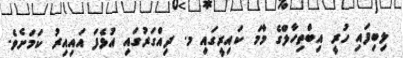
ލިބިފައި ހުރީ އިބްތިހާލްގެ މާމަ ކައިރީގައި މ. ދިއްގަރުގައި އުޅެފަ އައިއިރު ކަމަށެވެ.